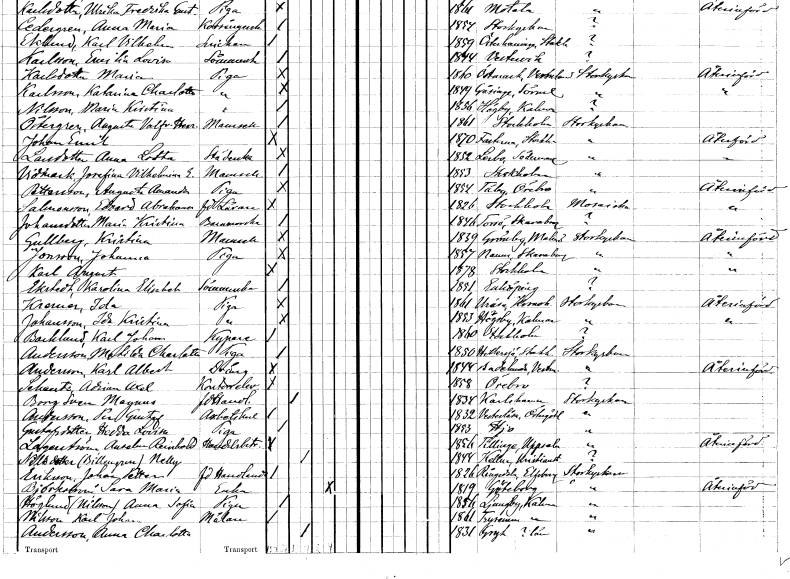
gt_parse: households: individuals: FN: Anna Lotta
EN: Larsdotter
YRKE: Städerska
KON: K
CIV: O
FODAR: 1852
FODFORS: Lerbo Södermanlands län
FN: Josefina Vilhelmina E.
EN: Vidmark
KON: K
CIV: O
FODAR: 1853
FODFORS: Stockholm
FN: Augusta Amanda
EN: Pettersson
YRKE: Piga
KON: K
CIV: O
FODAR: 1854
FODFORS: Täby Örebro län
FN: Edvard Abraham
EN: Salomonsson
YRKE: Lärare f.d.
KON: M
CIV: O
FODAR: 1826
FODFORS: Stockholm
FN: Maria Kristina
EN: Johansdotter
YRKE: Barnmorska
KON: K
CIV: O
FODAR: 1846
FODFORS: Torsö Skaraborgs län
FN: Kristina
EN: Gullberg
KON: K
CIV: O
FODAR: 1839
FODFORS: Grönby Malmöhus län
FN: Johanna
EN: Jonsson
YRKE: Piga
KON: K
CIV: O
FODAR: 1857
FODFORS: Naum Skaraborgs län
FN: Karl August
KON: M
CIV: O
FODAR: 1878
FODFORS: Stockholm
FN: Karolina Elisabet
EN: Ekstedt
YRKE: Sömmerska
KON: K
CIV: O
FODAR: 1851
FODFORS: Enköping Uppsala län
FN: Ida
EN: Kremer
YRKE: Piga
KON: K
CIV: O
FODAR: 1861
FODFORS: Uråsa Kronobergs län
FN: Ida Kristina
EN: Johansson
YRKE: Piga
KON: K
CIV: O
FODAR: 1853
FODFORS: Högsby Kalmar län
FN: Karl Johan
EN: Backlund
YRKE: Kypare
KON: M
CIV: O
FODAR: 1860
FODFORS: Stockholm
FN: Matilda Charlotta
EN: Andersson
YRKE: Piga
KON: K
CIV: O
FODAR: 1850
FODFORS: Hilleshög Stockholms län
FN: Karl Albert
EN: Andersson
YRKE: Dräng
KON: M
CIV: O
FODAR: 1844
FODFORS: Badelunda Västmanlands län
FN: Adrian Axel
EN: Schantz
YRKE: Kontorselev
KON: M
CIV: O
FODAR: 1858
FODFORS: Örebro Örebro län
FN: Sven Magnus
EN: Borg
YRKE: Handlande f.d.
KON: M
CIV: G
FODAR: 1834
FODFORS: Karlshamn Blekinge län
FN: Per Gustaf
EN: Andersson
YRKE: Arbetskarl
KON: M
CIV: O
FODAR: 1832
FODFORS: Västerlösa Östergötlands län
FN: Hedda Lovisa
EN: Gustafsdotter
YRKE: Piga
KON: K
CIV: O
FODAR: 1853
FODFORS: Hjo Skaraborgs län
FN: Anselm Reinhold
EN: Lagerström
YRKE: Handelsbiträde
KON: M
CIV: O
FODAR: 1856
FODFORS: Tillinge Uppsala län
FN: Nelly
EN: Nilsdotter billgren
KON: K
CIV: G
FODAR: 1844
FODFORS: Källna Kristianstads län
FN: Johan Petter
EN: Eriksson
YRKE: Handlande f.d.
KON: M
CIV: O
FODAR: 1826
FODFORS: Rångedala Älvsborgs län
FN: Sara Maria
EN: Björkström
YRKE: Änka
KON: K
CIV: E
FODAR: 1819
FODFORS: Göteborg Göteborgs- och Bohuslän
FN: Anna Sofia
EN: Höglund Nilsson
YRKE: Piga
KON: K
CIV: O
FODAR: 1856
FODFORS: Ljungby Kalmar län
FN: Karl Johan
EN: Nilsson
YRKE: Målare
KON: M
CIV: O
FODAR: 1861
FODFORS: Tryserum Östergötlands län
FN: Anna Charlotta
EN: Andersson
KON: K
CIV: G
FODAR: 1831